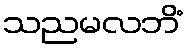
သညမလဘိံ